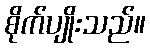
စိုက်ပျိုးသည်။